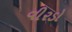
વીરડો